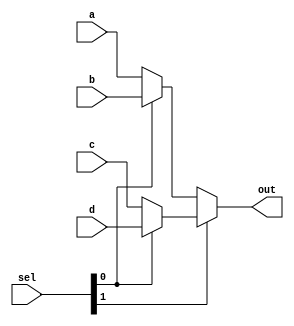
module mux4x1 #(
parameter SIZE = 8
) (
input [SIZE-1:0] a,               
input [SIZE-1:0] b,               
input [SIZE-1:0] c,               
input [SIZE-1:0] d,               
input [1:0]      sel,             
output[SIZE-1:0] out);            
  
assign out = sel[1] ? (sel[0] ? d : c) : (sel[0] ? b : a);  
            
endmodule